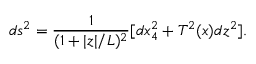
d s ^ { 2 } = \frac { 1 } { ( 1 + | z | / L ) ^ { 2 } } [ d x _ { 4 } ^ { 2 } + T ^ { 2 } ( x ) d z ^ { 2 } ] .